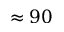
\approx 9 0